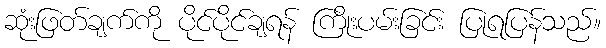
ဆုံးဖြတ်ချက်ကို ပိုင်ပိုင်ချရန် ကြိုးပမ်းခြင်း ပြုရပြန်သည်။